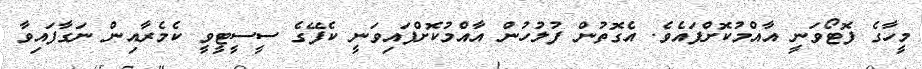
މީހާގެ ފޮޓޯވަނީ އާއްމުކޮށްފައެވެ. އެގޮތުން ފުލުހުން އާއްމުކޮށްފައިވަނީ ކެފޭގެ ސީސީޓީވީ ކެމެރާއިން ނަގާފައިވާ